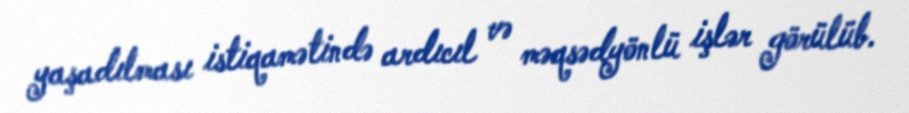
yaşadılması istiqamətində ardıcıl və məqsədyönlü işlər görülüb.